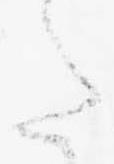
た